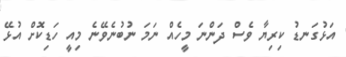
އަޅުގަނޑު ކިރިޔާ ވެސް ދަންނަ މީހެއް ނަމަ ނުބުނެވޭނެ މިއީ ހަޑިކޮށް އުޅޭ